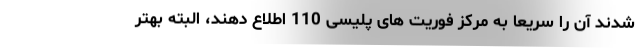
شدند آن را سریعا به مرکز فوریت های پلیسی 110 اطلاع دهند، البته بهتر